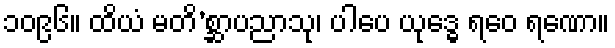
၁၀၉၆။ ထိယံ မတိ’စ္ဆာပညာသု၊ ပါပေ ယုဒ္ဓေ ရဝေ ရဏော။